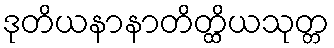
ဒုတိယနာနာတိတ္ထိယသုတ္တ